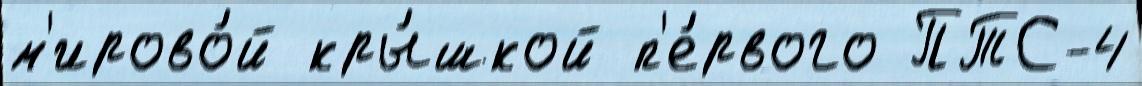
м'ирово́й кры́шкой п'е́рвого ПТС-4